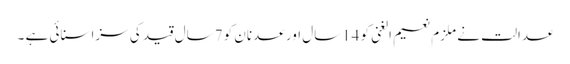
عدالت نے ملزم نعیم الغنی کو 14سال اور عدنان کو 7سال قید کی سزا سنائی ہے ۔